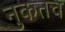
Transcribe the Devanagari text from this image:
नुकतच